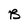
Character: B